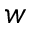
w